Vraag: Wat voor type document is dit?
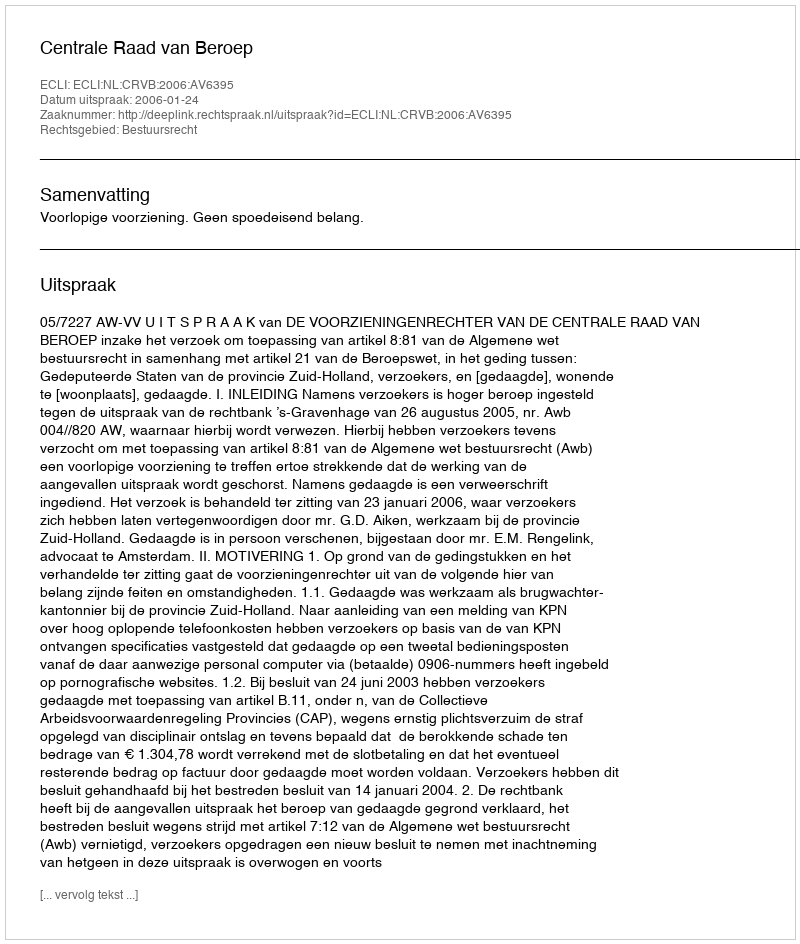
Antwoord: Uitspraak